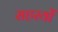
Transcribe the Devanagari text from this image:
सहस्यों